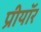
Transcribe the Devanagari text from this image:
प्रीयॉर